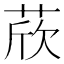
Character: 𦲽